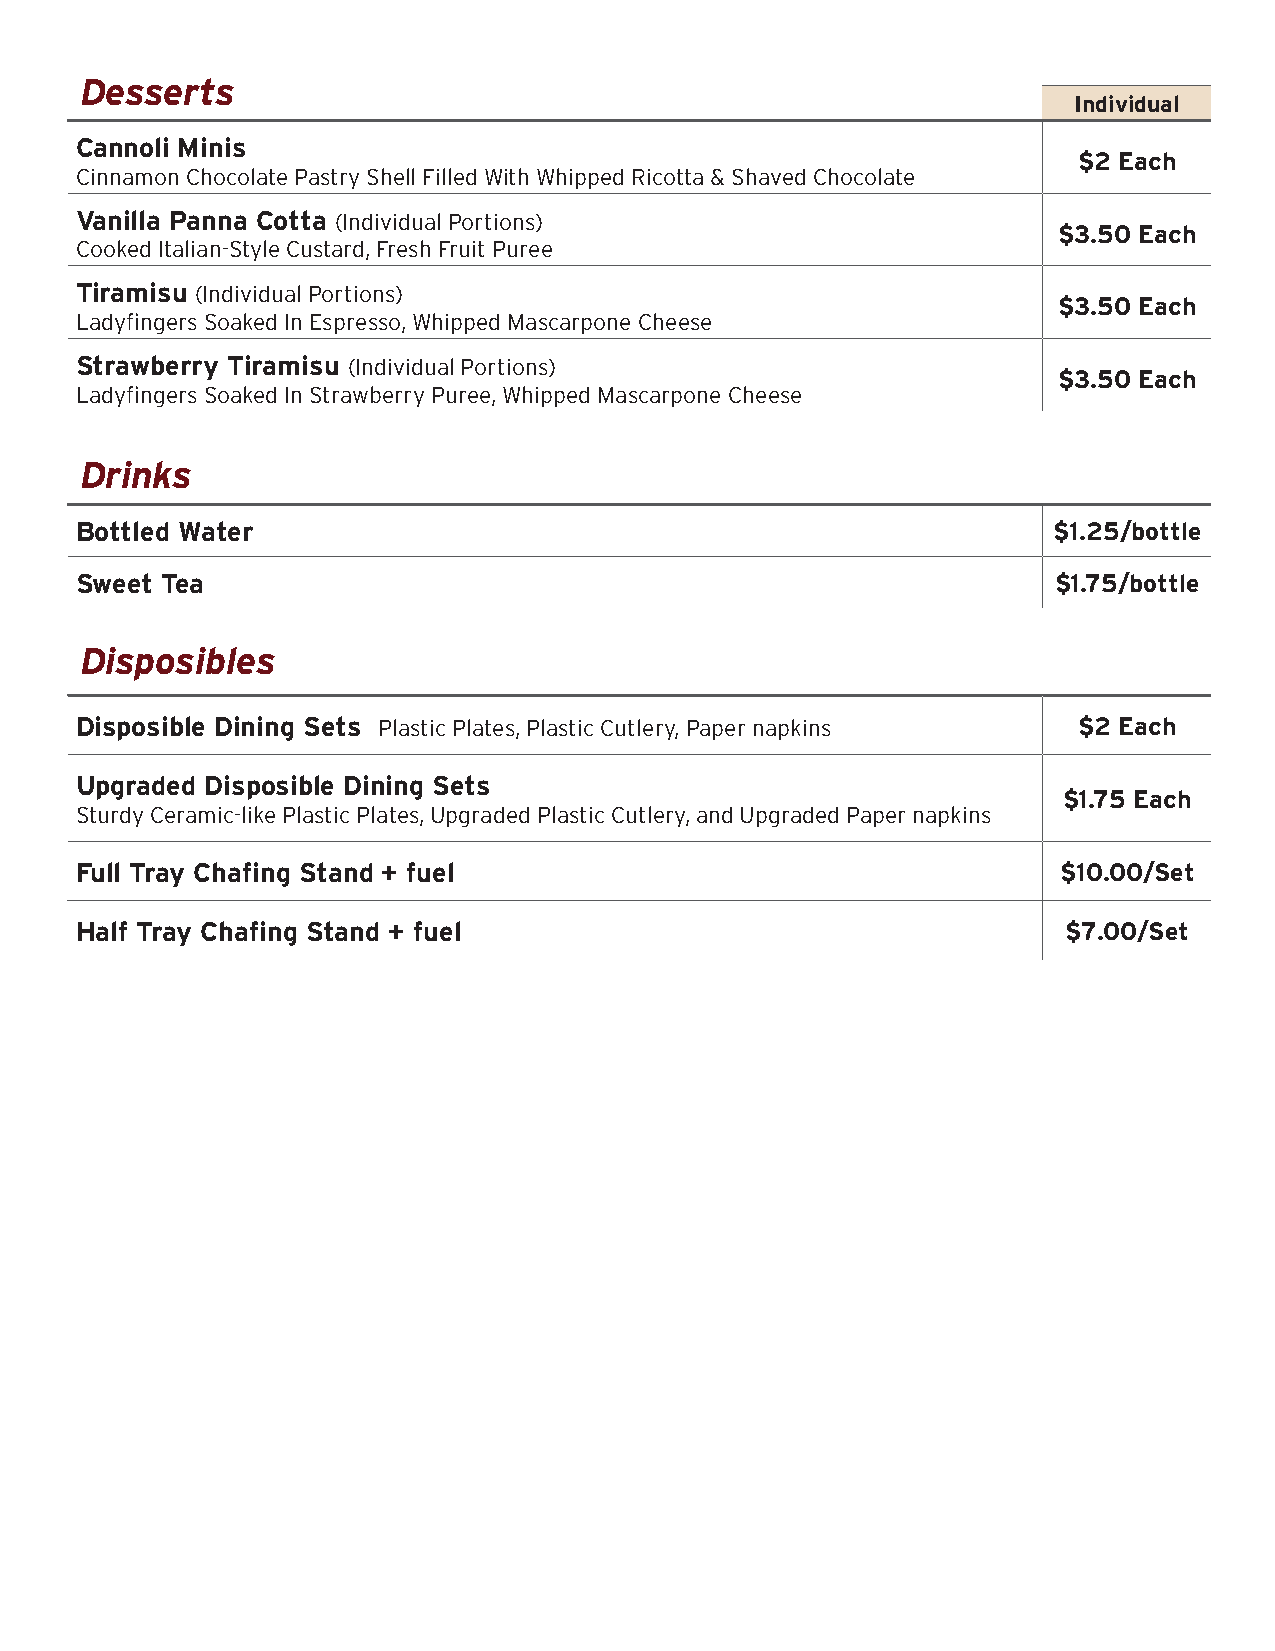
Desserts
 Individual
 Cannoli Minis
 $2 Each
 Cinnamon Chocolate Pastry Shell Filled With Whipped Ricotta & Shaved Chocolate
 Vanilla Panna Cotta (Individual Portions)
 $3.50 Each
 Cooked Italian-Style Custard, Fresh Fruit Puree
 Tiramisu (Individual Portions)
 $3.50 Each
 Ladyfingers Soaked In Espresso, Whipped Mascarpone Cheese
 Strawberry Tiramisu (Individual Portions)
 $3.50 Each
 Ladyfingers Soaked In Strawberry Puree, Whipped Mascarpone Cheese
 Drinks
 Bottled Water                                                    $1.25/bottle
 Sweet Tea                                                        $1.75/bottle
 Disposibles
 Disposible Dining Sets Plastic Plates, Plastic Cutlery, Paper napkins $2 Each
 Upgraded Disposible Dining Sets
 $1.75 Each
 Sturdy Ceramic-like Plastic Plates, Upgraded Plastic Cutlery, and Upgraded Paper napkins
 Full Tray Chafing Stand + fuel                                   $10.00/Set
 Half Tray Chafing Stand + fuel                                    $7.00/Set